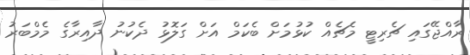
ރާއްޖޭގައި ޗެރިޓީ މެޗެއް ކުޅުމަށް ބެކަމް އަށް ގަލޮޅު ދެކުނު ދާއިރާގެ މެމްބަރު